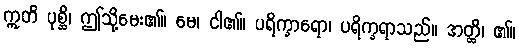
ဣတိ ပုစ္ဆိ၊ ဤသို့မေး၏။ မေ၊ ငါ၏။ ပရိက္ခာရော၊ ပရိက္ခရာသည်။ အတ္ထိ၊ ၏။